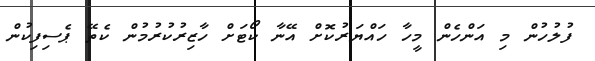
ފުލުހުން މި އަންހެން މީހާ ހައްޔަރުކޮށް އޭނާ ކޯޓަށް ހާޒިރުކުރުމުން ކެތޭ ޕެސިފިކުން